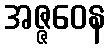
အဇ္ဇဝေန